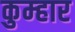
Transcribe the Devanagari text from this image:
कुम्‍हार